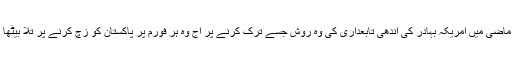
اول‘ ماضی میں امریکہ بہادر کی اندھی تابعداری کی وہ روش جسے ترک کرنے پر آج وہ ہر فورم پر پاکستان کو زچ کرنے پر تُلا بیٹھا ہے ۔